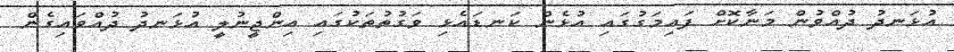
އުޅަނދު ދުއްވުން މަނާކޮށް ފައިމަގުގައި އުޅެން ކަނޑައެޅި ވަގުތުތަކުގައި އިންޖީނުލީ އުޅަނދު ދުއްވައިގެން